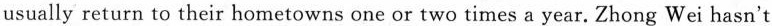
usually return to their hometowns one or two times a year. Zhong Wei hasn't